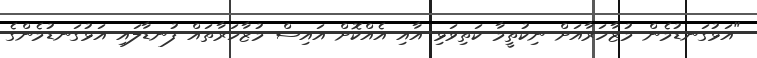
"އަޅުގަނޑުމެން މުޒާހަރާއަށް ނިކުތީމާ ކަތިވަޅި އާއި އެއްކޮށް އައިސް މުޒާހަރާތައް ފުނޑާލައި އަޅުގަނޑުމެންގެ